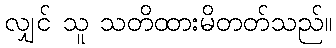
လျှင် သူ သတိထားမိတတ်သည်။